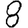
Digit: 8